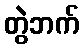
တွဲဘက်